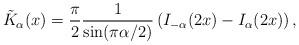
LaTeX: \begin{align*} \tilde{K}_{\alpha}(x) = \frac{\pi}{2} \frac{1}{\sin(\pi \alpha/2)} \left(I_{-\alpha}(2x) - I_{\alpha}(2x)\right),\end{align*}